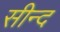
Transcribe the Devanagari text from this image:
सीन्द